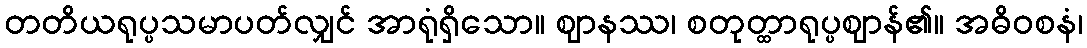
တတိယရုပ္ပသမာပတ်လျှင် အာရုံရှိသော။ ဈာနဿ၊ စတုတ္ထာရုပ္ပဈာန်၏။ အဓိဝစနံ၊